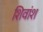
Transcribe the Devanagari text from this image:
शिवांश